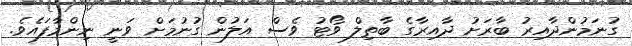
ގުނަމުންދާއިރު ބާރަށު ދާއިރާގެ ބާތިލް ވޯޓު ވެސް އަލުން ގުނުމަށް ވަނީ ނިންމާފައެވެ.